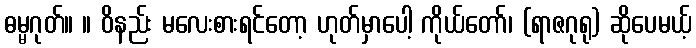
ဓမ္မဂုတ်။ ။ ဝိနည်း မလေးစားရင်တော့ ဟုတ်မှာပေါ့ ကိုယ်တော်၊ (ရာဇဂုရု) ဆိုပေမယ့်